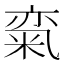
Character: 𱹈